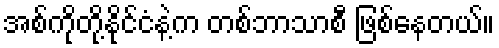
အစ်ကိုတို့နိုင်ငံနဲ့က တစ်ဘာသာစီ ဖြစ်နေတယ်။